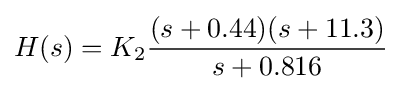
H(s)=K_{2}{\frac {(s+0.44)(s+11.3)}{s+0.816}}